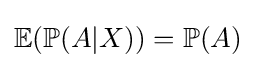
\mathbb {E} (\mathbb {P} (A|X))=\mathbb {P} (A)